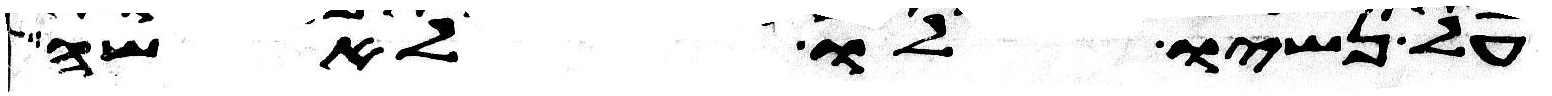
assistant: על נשיו לו לאשה